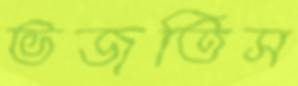
ভজতিস